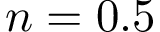
n = 0 . 5